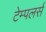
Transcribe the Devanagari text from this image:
टेम्पलर्स